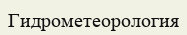
Гидрометеорология